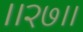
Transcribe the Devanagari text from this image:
।।२७।।